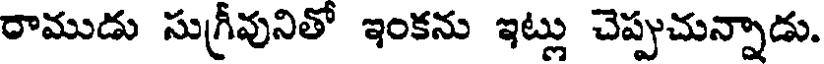
రాముడు సుగ్రీవునితో ఇంకను ఇట్లు చెప్పుచున్నాడు.